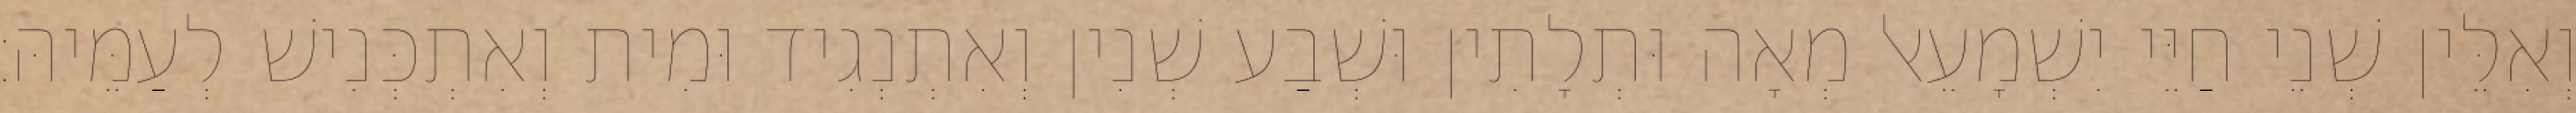
וְאִלֵּין שְׁנֵי חַיֵּי יִשְׁמָעֵאל מְאָה וּתְלָתִין וּשְׁבַע שְׁנִין וְאִתְנְגִיד וּמִית וְאִתְכְּנִישׁ לְעַמֵּיהּ׃